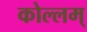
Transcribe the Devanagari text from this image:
कोल्लम्